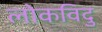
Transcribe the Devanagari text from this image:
लोकविदु